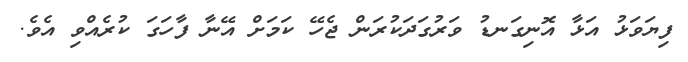
ފިޔަވަޅު އަޅާ އޮނިގަނޑު ވަރުގަދަކުރަން ޖެހޭ ކަމަށް އޭނާ ފާހަގަ ކުރެއްވި އެވެ.